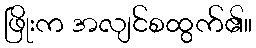
ဖြိုးက အလျင်စထွက်၏။